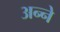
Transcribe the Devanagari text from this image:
अन्‍ने